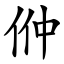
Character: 㑖